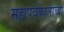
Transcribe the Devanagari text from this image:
महापर्वकालाच्या